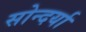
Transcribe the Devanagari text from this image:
सोन्दर्या